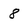
Character: 8